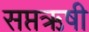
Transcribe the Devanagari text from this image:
सप्तऋषी